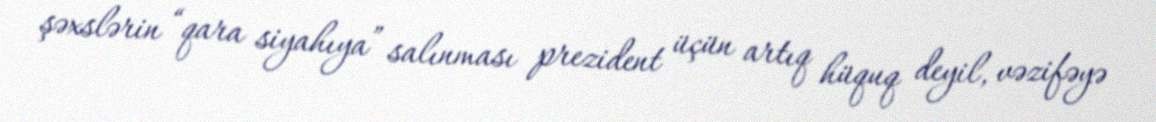
şəxslərin “qara siyahıya” salınması prezident üçün artıq hüquq deyil, vəzifəyə